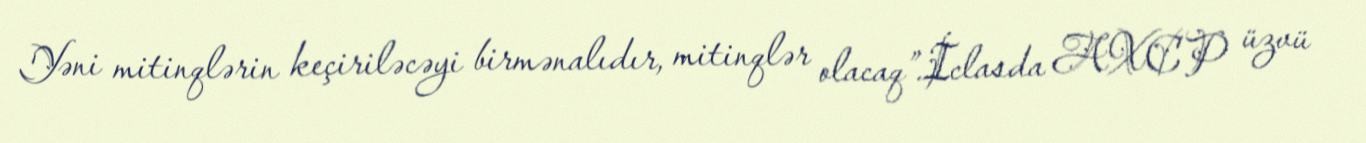
Yəni mitinqlərin keçiriləcəyi birmənalıdır, mitinqlər olacaq”.İclasda AXCP üzvü